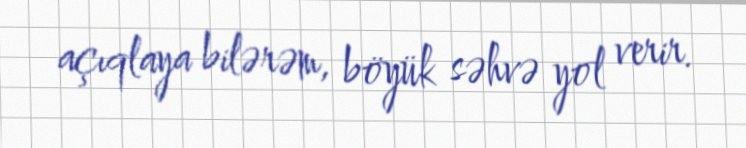
açıqlaya bilərəm, böyük səhvə yol verir.